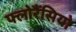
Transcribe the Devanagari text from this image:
फ्लोरैंसियो